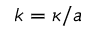
k = \kappa / a